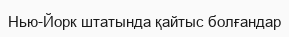
Нью-Йорк штатында қайтыс болғандар